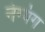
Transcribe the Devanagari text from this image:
नंग्यंग